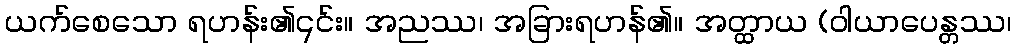
ယက်စေသော ရဟန်း၏၎င်း။ အညဿ၊ အခြားရဟန်၏။ အတ္ထာယ (ဝါယာပေန္တဿ၊